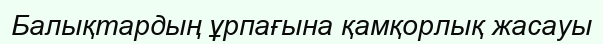
Балықтардың ұрпағына қамқорлық жасауы